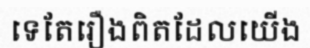
ទេតែរឿងពិតដែលយើង